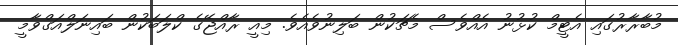
މުބާރާރުގައި އެޓީމް ކުޅުނު އެއްވެސް މެޗަކުން ބަލިނުވެއެވެ. މިއީ ރާއްޖޭގެ ކްލަބަކުން ބައިނަލްއަގްވާމީ